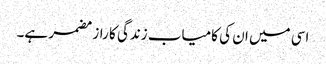
اسی میں ان کی کامیاب زندگی کا راز مضمر ہے۔